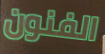
الفنون